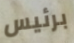
برئيس